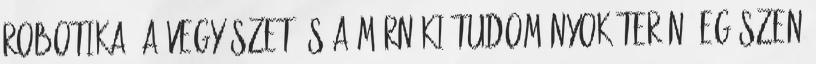
robotika, a vegyészet és a mérnöki tudományok terén. Egészen